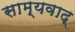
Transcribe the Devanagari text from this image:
साम्यवाद्